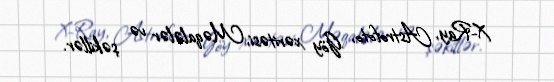
X-Ray, Astrofoto, Göy xəritəsi, Məqalələr və şəkillər.